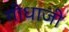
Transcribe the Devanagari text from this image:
गोधाजी